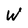
Character: W